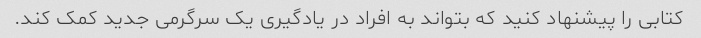
کتابی را پیشنهاد کنید که بتواند به افراد در یادگیری یک سرگرمی جدید کمک کند.